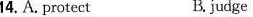
14. A. Protcc B.judge